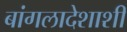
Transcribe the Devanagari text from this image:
बांगलादेशाशी